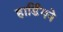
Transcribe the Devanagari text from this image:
हार्डिंगने